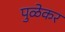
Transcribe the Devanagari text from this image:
पुळेकर